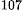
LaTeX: ^\textrm{\scriptsize 107}